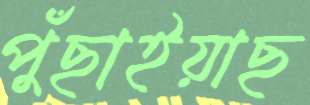
পুঁছাইয়াছ